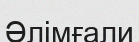
Әлімғали